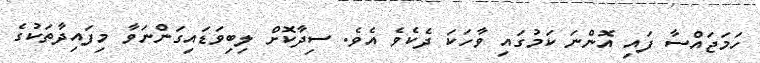
ހަމަޖައްސާ ފައި އޮންނަ ކަމުގައި ވާހަކަ ދެކެވެ އެވެ. ސިދާކޮށް ލިބިވަޑައިގަންނަވާ މިފައިދާތަކުގެ